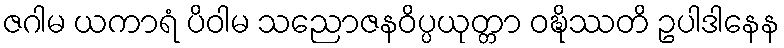
ဇဂါမ ယကာရံ ပိဝါမ သညောဇနဝိပ္ပယုတ္တာ ဝဍ္ဎိဿတိ ဥပါဒါနေန